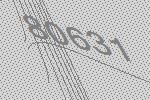
80631